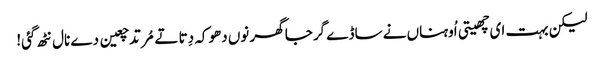
لیکن بہت ای چھیتی اُوہناں نے ساڈے گرجا گھر نوں دھوکہ دِتا تے مُرتد چعین دے نال نٹھ گئی!